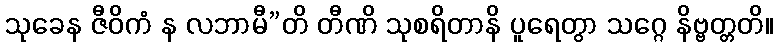
သုခေန ဇီဝိကံ န လဘာမီ”တိ တီဏိ သုစရိတာနိ ပူရေတွာ သဂ္ဂေ နိဗ္ဗတ္တတိ။